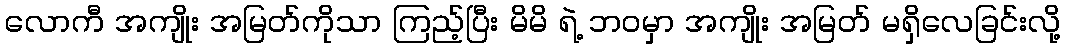
လောကီ အကျိုး အမြတ်ကိုသာ ကြည့်ပြီး မိမိ ရဲ့ ဘဝမှာ အကျိုး အမြတ် မရှိလေခြင်းလို့